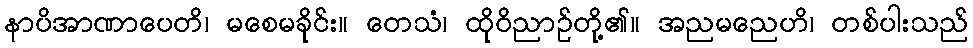
နာပိအာဏာပေတိ၊ မစေမခိုင်း။ တေသံ၊ ထိုဝိညာဉ်တို့၏။ အညမညေဟိ၊ တစ်ပါးသည်